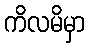
ကိလမိမှာ